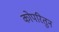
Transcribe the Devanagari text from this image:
कोपरितुन